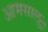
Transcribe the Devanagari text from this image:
आमसालु